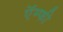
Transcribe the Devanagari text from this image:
ऍम्‍फी